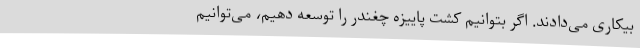
بیکاری می‌دادند. اگر بتوانیم کشت پاییزه چغندر را توسعه دهیم، می‌توانیم